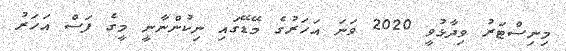
މިނިސްޓަރު ވިދާޅުވީ 2020 ވަނަ އަހަރުގެ މޭޑޭގައި ނިކުންނާނީ މީގެ ފަސް އަހަރު